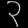
Digit: ၃